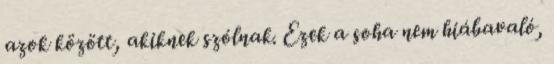
azok között, akiknek szólnak. Ezek a soha nem hiábavaló,